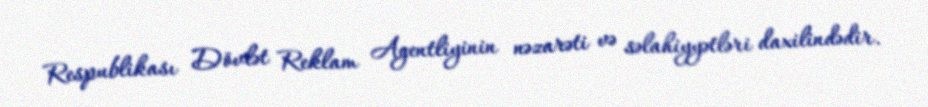
Respublikası Dövlət Reklam Agentliyinin nəzarəti və səlahiyyətləri daxilindədir.